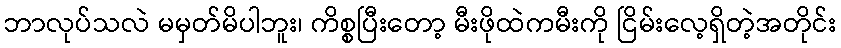
ဘာလုပ်သလဲ မမှတ်မိပါဘူး၊ ကိစ္စပြီးတော့ မီးဖိုထဲကမီးကို ငြိမ်းလေ့ရှိတဲ့အတိုင်း